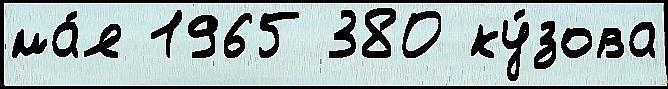
ма́я 1965 380 ку́зова